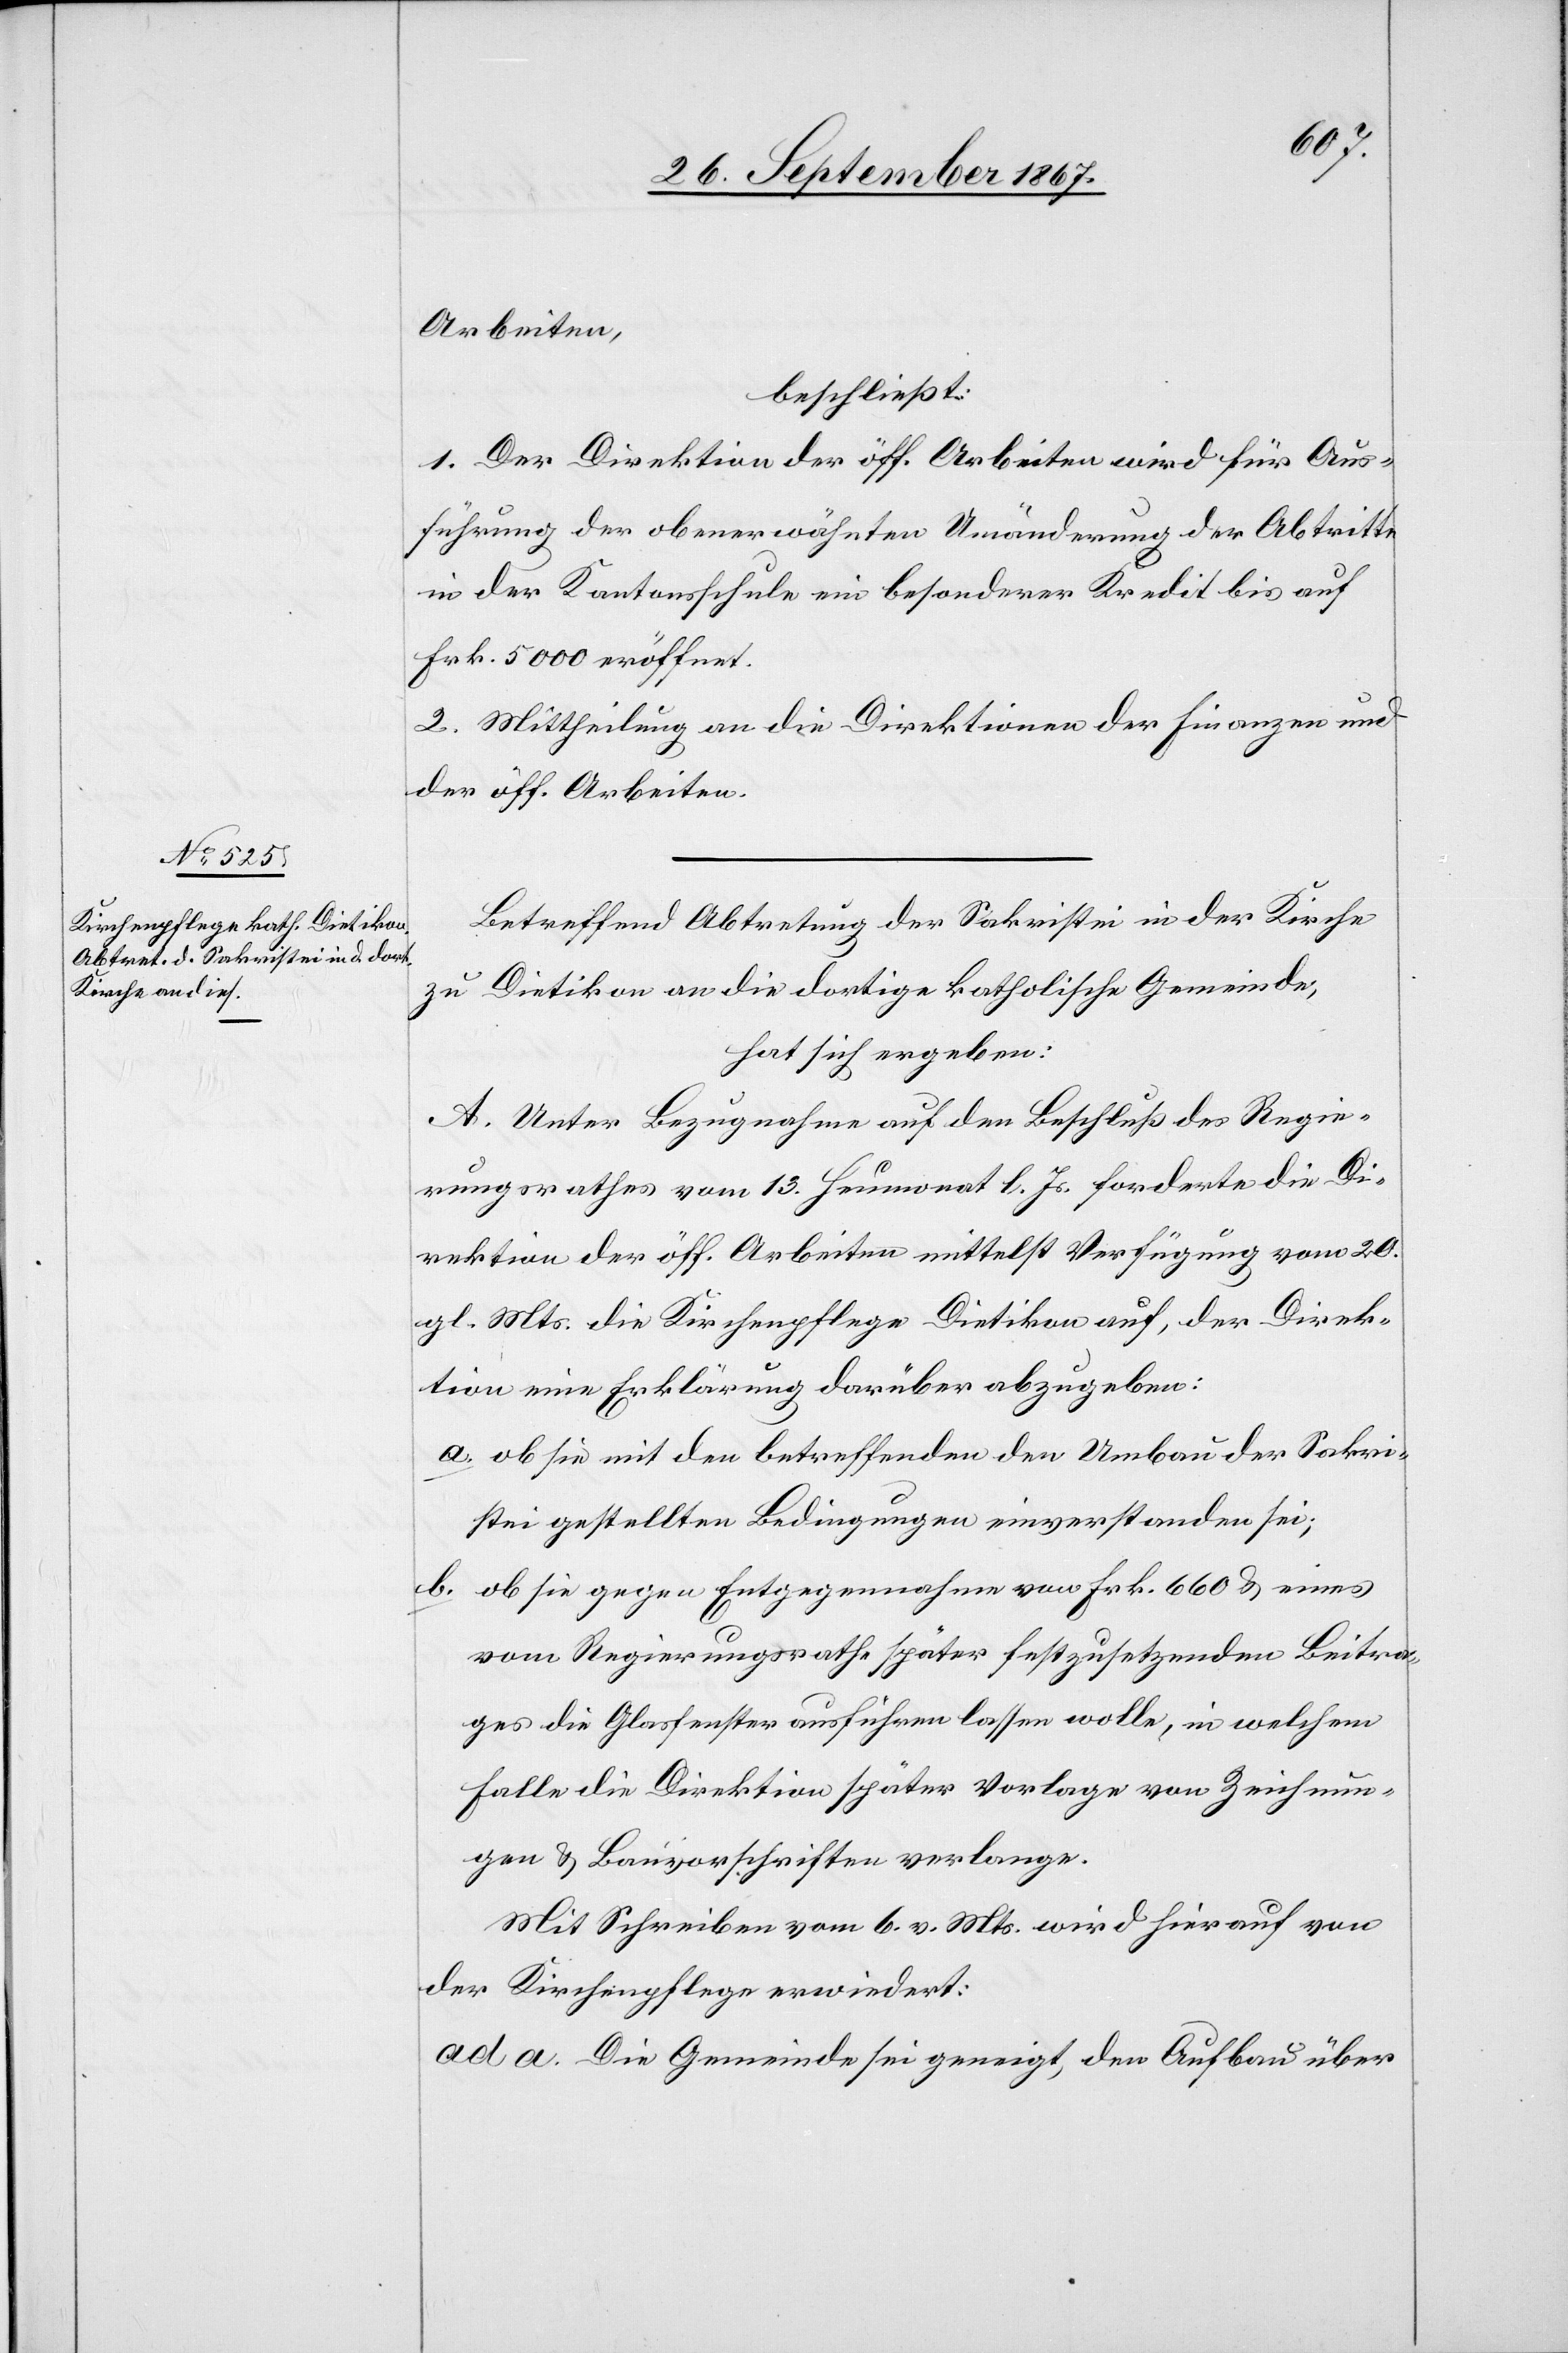
beschließt:
1. Der Direktion der öff. Arbeiten wird für Aus¬
führung der obenerwähnten Umänderungen der Abtritte
in der Kantonsschule ein besonderer Kredit bis auf
Frk. 5000 eröffnet.
2. Mittheilung an die Direktionen der Finanzen und
der öff. Arbeiten.
Betreffend Abtretung der Sakristei in der Kirche
zu Dietikon an die dortige katholische Gemeinde,
hat sich ergeben:
A. Unter Bezugnahme auf den Beschluß des Regie¬
rungsrathes vom 13. Heumonat l. Js. forderte die Di¬
rektion der öff. Arbeiten mittelst Verfügung vom 20.
gl. Mts. die Kirchenpflege Dietikon auf, der Direk¬
tion eine Erklärung darüber abzugeben:
a. ob sie mit den betreffenden den Umbau der Sakri¬
stei gestellten Bedingungen einverstanden sei;
b. ob sie gegen Entgegennahme von Frk. 660 u. eines
vom Regierungsrathe später festzusetzenden Beitra¬
ges die Glasfenster ausführen lassen wolle, in welchem
Falle die Direktion später Vorlage von Zeichnun¬
gen u. Bauvorschriften verlange.
Mit Schreiben vom 6. v. Mts. wird hierauf von
der Kirchenpflege erwiedert:
ad a. Die Gemeinde sei geneigt, den Aufbau über